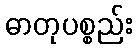
ဓာတုပစ္စည်း